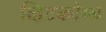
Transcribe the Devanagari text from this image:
व्हिटकोम्ब